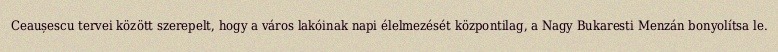
Ceaușescu tervei között szerepelt, hogy a város lakóinak napi élelmezését központilag, a Nagy Bukaresti Menzán bonyolítsa le.